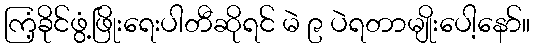
ကြံ့ခိုင်ဖွံ့ဖြိုးရေးပါတီဆိုရင် မဲ ၉ ပဲရတာမျိုးပေါ့နော်။